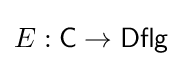
E:{\mathsf {C}}\to {\mathsf {Dflg}}